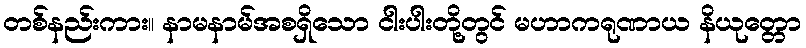
တစ်နည်းကား။ နာမနာမ်အစရှိသော ငါးပါးတို့တွင် မဟာကရုဏာယ နိယုတ္တော